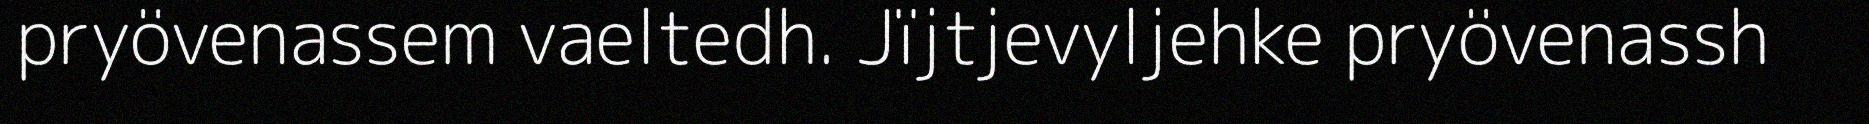
pryövenassem vaeltedh. Jïjtjevyljehke pryövenassh